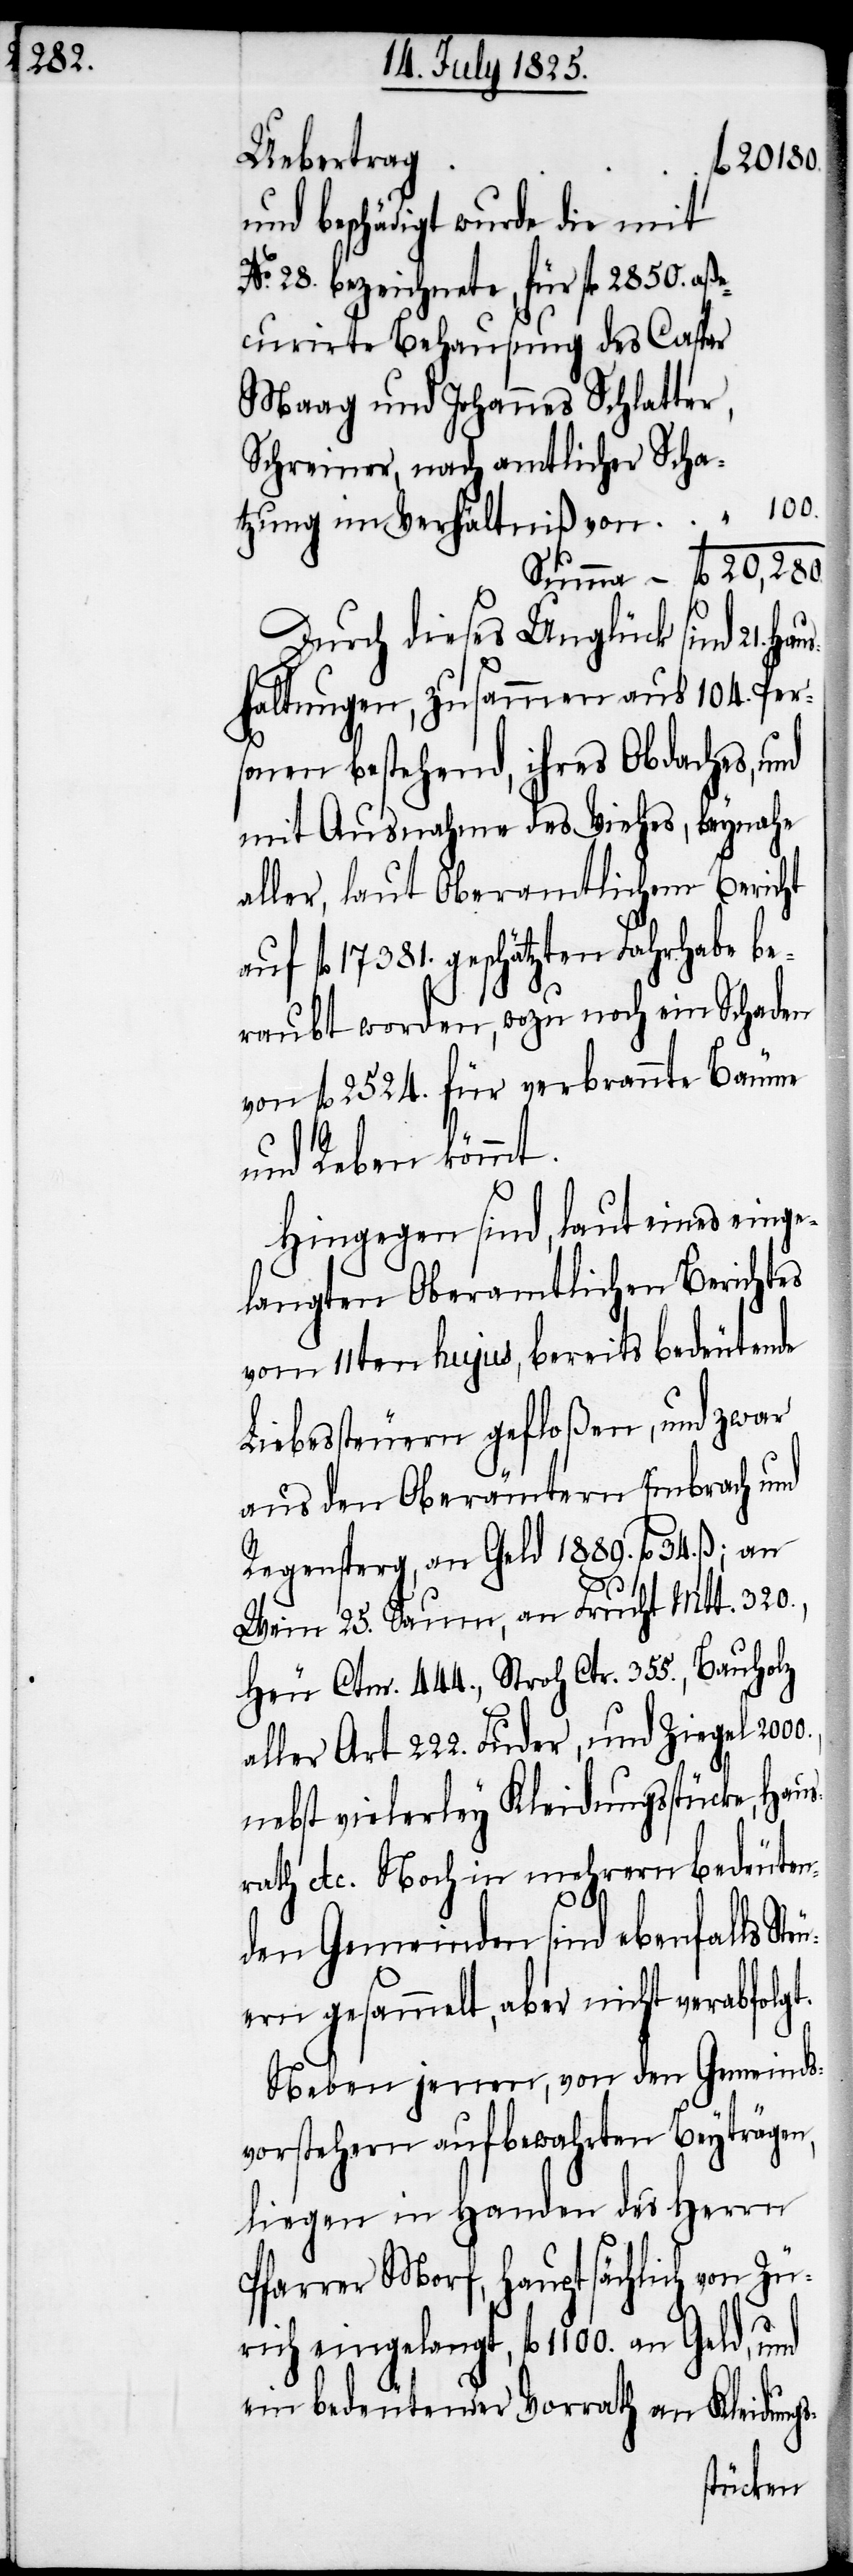
Uebertrag
Fl. 20180.
und beschädigt wurde die mit
No. 28. bezeichnete, für fl 2850. aße¬
curirte Behausung des Caspar
Maag und Johannes Schlatter,
Schreiner, nach amtlicher Scha¬
tzung im Verhältniß von
Summa – fl. 20,280
Durch dieses Unglück sind 21.
haltungen, zusammen aus 104. Per¬
sonen bestehend, ihres Obdaches, und
mit Ausnahme des Viehes, beynahe
aller, laut Oberamtlichem Bericht
auf fl. 17381. geschätzten Fahrhabe be¬
raubt worden, wozu noch ein Schaden
von fl. 2524. für verbrannte Bäume
te¬
und Reben kommt.
Hingegen sind, laut eines einge¬
langten Oberamtlichen Berichtes
vom 11ten hujus, bereits bedeutende
Liebessteuern gefloßen, und zwar
aus den Oberämtern Embrach und
Regensperg, an Geld 1889. fl. 34.
Wein 25. Saum, an Frucht Mtt. 320.,
Heu Ctnr. 444., Stroh Ctr. 355., Bauholz
aller Art 222. Fuder, und Ziegel
nebst vielerley Kleidungsstücke,
rath etc. Noch in mehrern bedeuten¬
den Gemeinden sind ebenfalls
uern gesammelt, aber nicht verabfolgt.
Neben jenen, von den Gemeinds¬
vorstehern aufbewahrten Beyträgen,
liegen in Handen des Herrn
Pfarrer Morf, hauptsächlich von Zü¬
rich eingelangt, fl. 1100. an Geld, und
ein bedeutender Vorrath an Kleidungs-